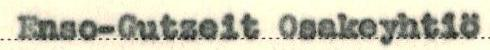
Enso-Gutzeit Osakeyhtiö